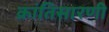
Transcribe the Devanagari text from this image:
क्रांतिसारणी